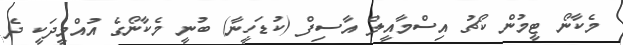
މެކާނޯ ޓީމުން ކޯޗު އިސްމާއީލް އާސިފް (ކުޑަހީނާ) ބުނީ މެކާނޯގެ އުއްމީދަކީ ދެ